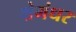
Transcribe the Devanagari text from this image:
क्षेमंधर